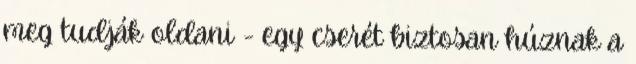
meg tudják oldani - egy cserét biztosan húznak a